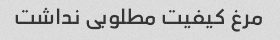
مرغ کیفیت مطلوبی نداشت